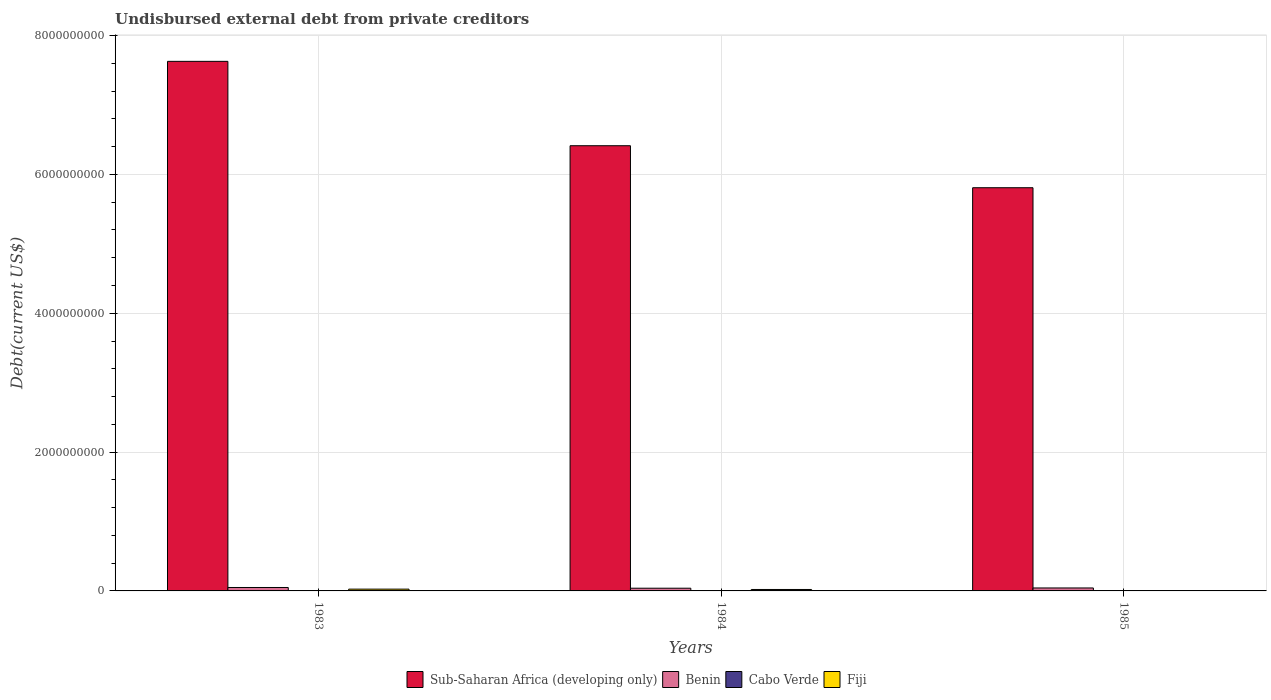
| Years | Sub-Saharan Africa (developing only) | Benin | Cabo Verde | Fiji |
 | --- | --- | --- | --- | --- |
 | 1983 | 7.63e+09 | 4.94e+07 | 3e+06 | 2.58e+07 |
 | 1984 | 6.41e+09 | 3.91e+07 | 1.56e+06 | 2.09e+07 |
 | 1985 | 5.81e+09 | 4.27e+07 | 5.91e+05 | 1.78e+06 |